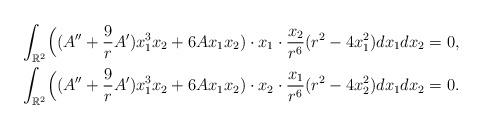
LaTeX: \begin{align*}& \int_{\mathbb R^2} \Bigl( (A^{\prime\prime} + \frac 9 r A^{\prime})x_1^3 x_2 + 6 A x_1 x_2) \cdot x_1 \cdot \frac{x_2} {r^6}(r^2-4x_1^2) dx_1 dx_2=0, \\& \int_{\mathbb R^2} \Bigl( (A^{\prime\prime} + \frac 9 r A^{\prime})x_1^3 x_2 + 6 A x_1 x_2) \cdot x_2 \cdot \frac{x_1} {r^6}(r^2-4x_2^2) dx_1 dx_2=0.\end{align*}